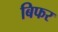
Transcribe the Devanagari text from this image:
बिफर